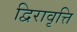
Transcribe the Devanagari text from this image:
द्विरावृत्ति